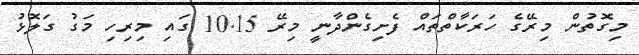
މިގޮތުން މިރޭގެ ހަރަކާތްތައް ފެށިގެންދާނީ މިރޭ 10.15 ގަައި މިރިހި މަގު ގަލޮޅު